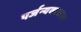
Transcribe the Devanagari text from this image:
पर्जन्यकाळात